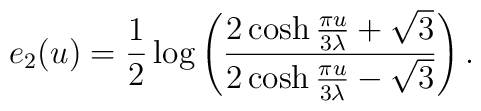
e_2(u) = \frac{1}{2}\log \left( \frac{2 \cosh\frac{\pi u}{3\lambda}+ \sqrt{3}}  {2 \cosh\frac{\pi u}{3\lambda}-\sqrt{3}}\right).